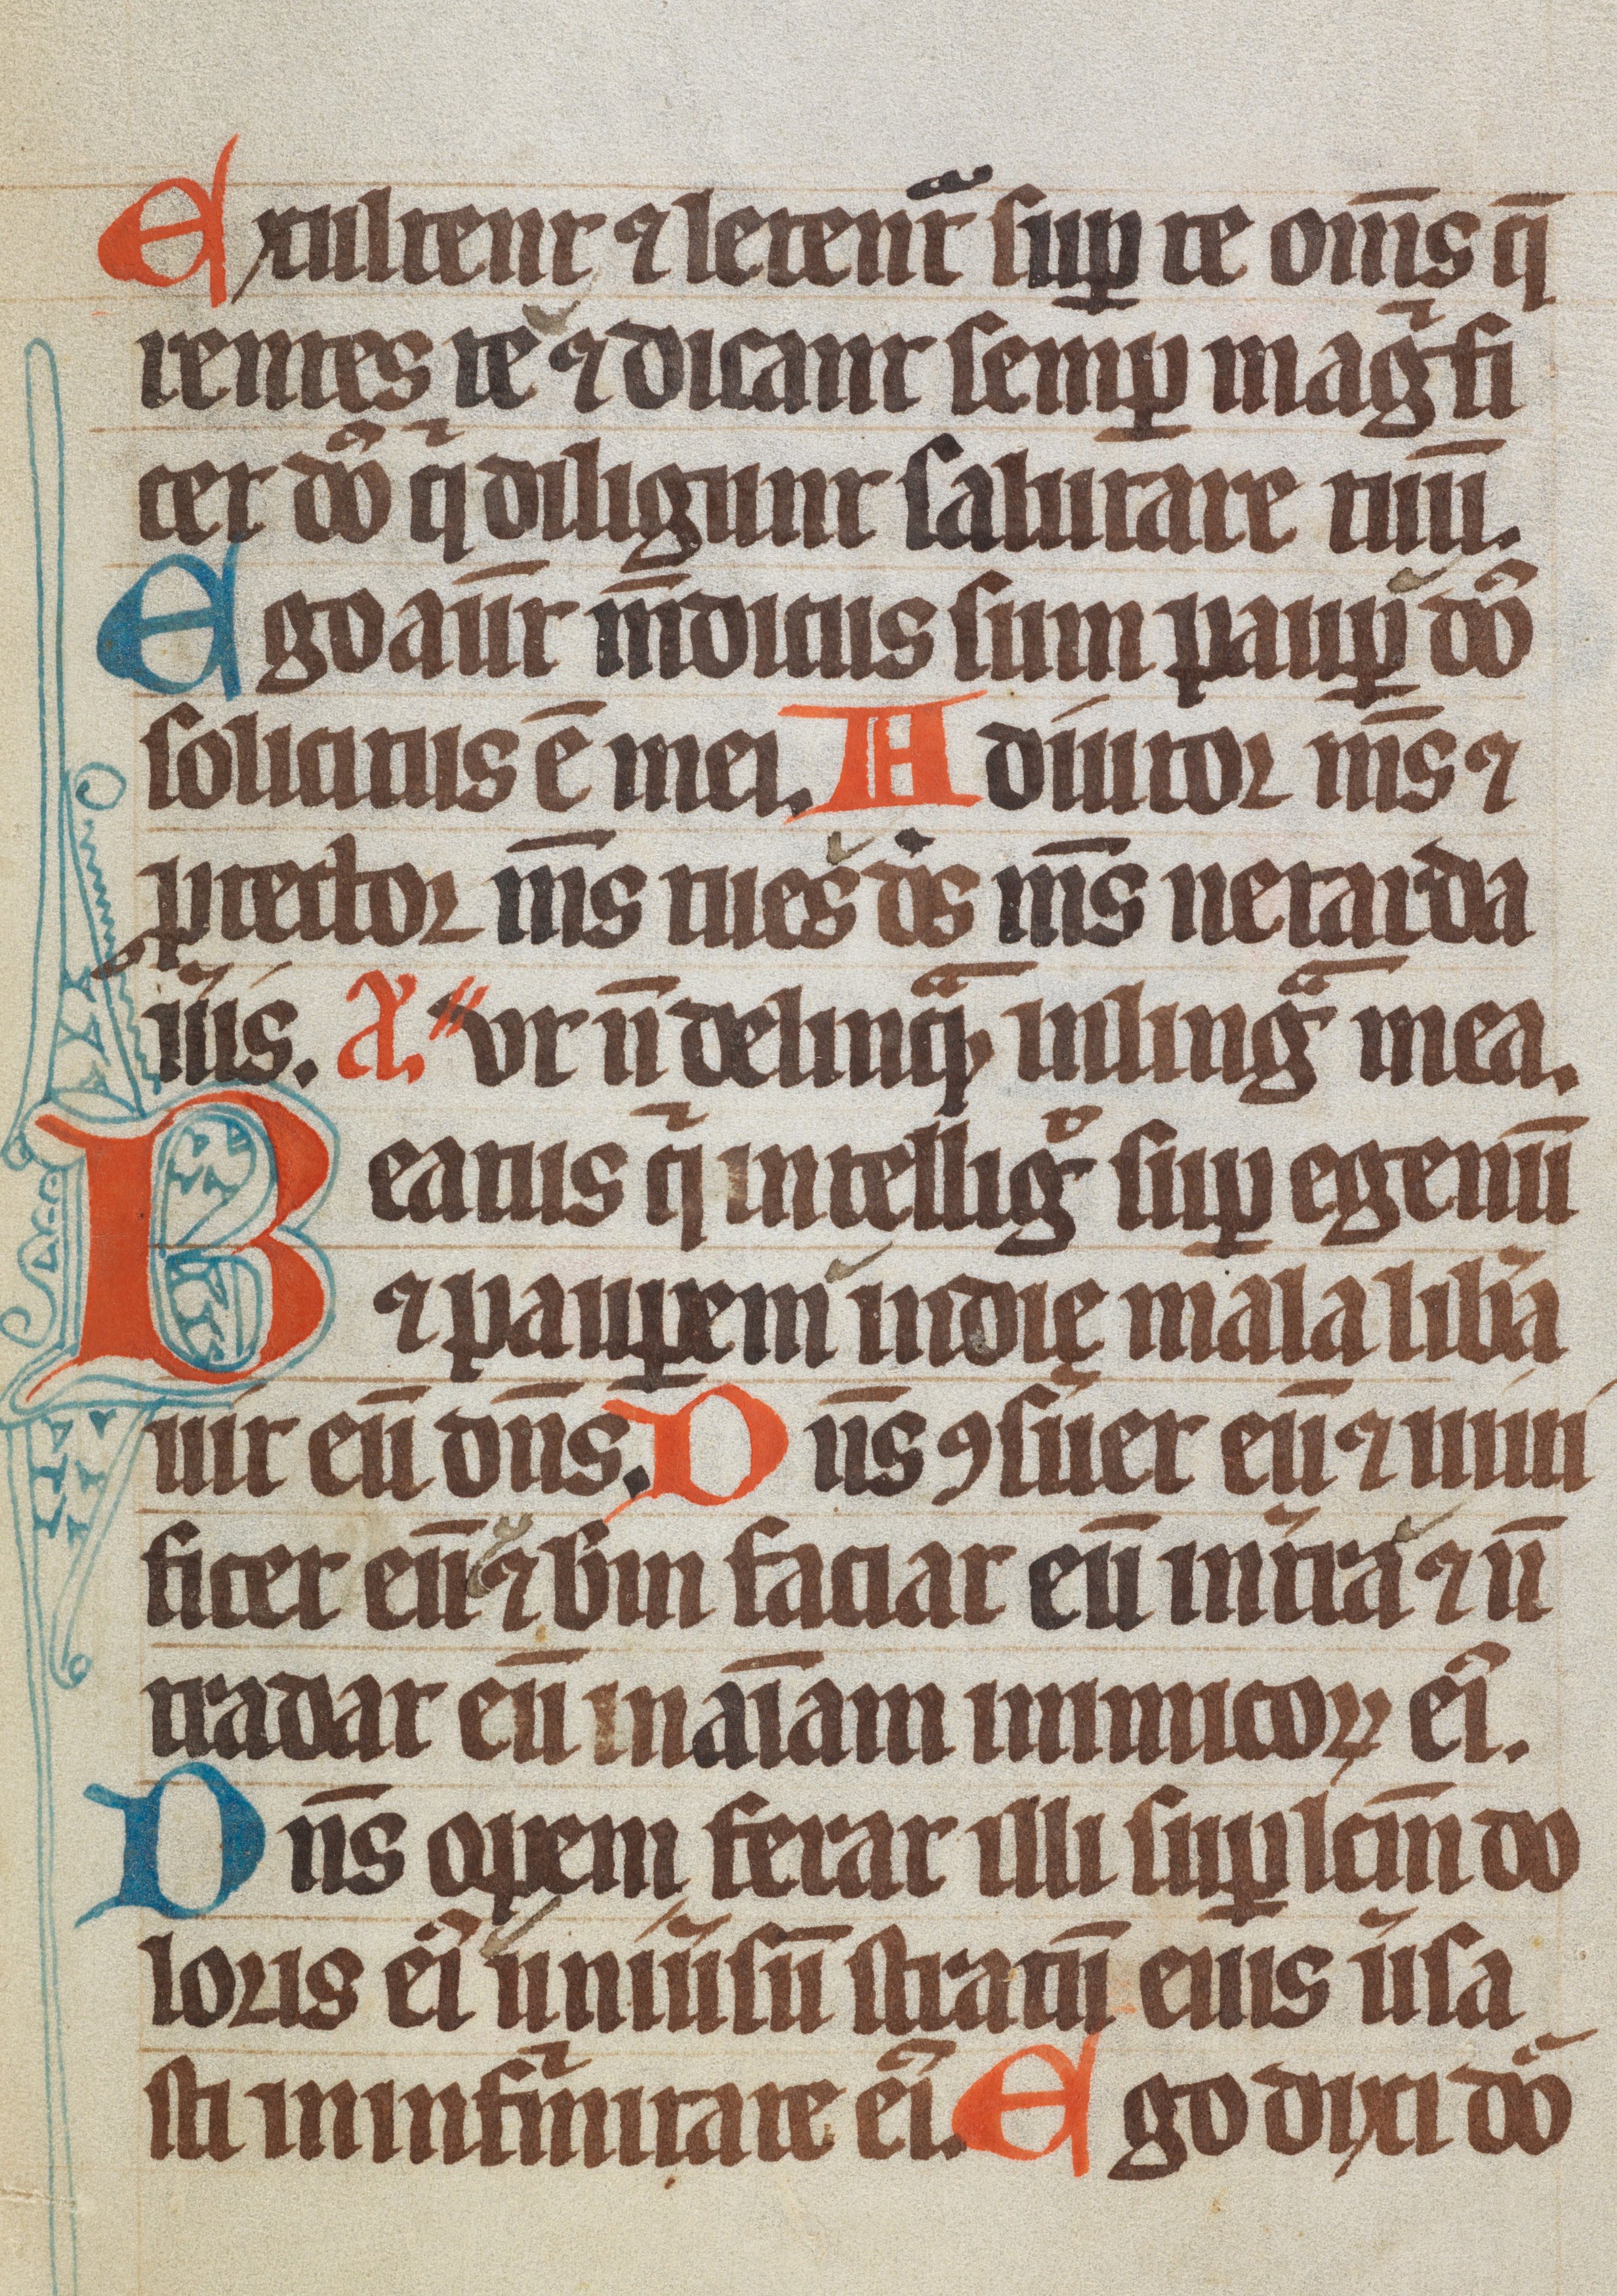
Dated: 1300–1349